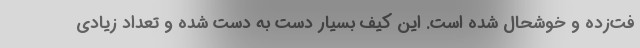
فت‌زده و خوشحال شده است. این کیف بسیار دست به دست شده و تعداد زیادی